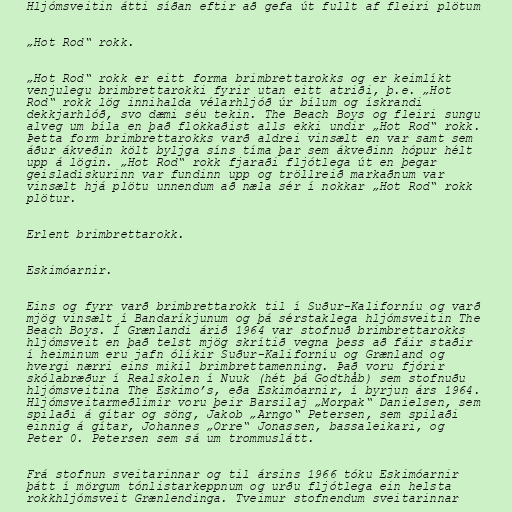
Hljómsveitin átti síðan eftir að gefa út fullt af fleiri plötum

„Hot Rod“ rokk.

„Hot Rod“ rokk er eitt forma brimbrettarokks og er keimlíkt
venjulegu brimbrettarokki fyrir utan eitt atriði, þ.e. „Hot
Rod“ rokk lög innihalda vélarhljóð úr bílum og ískrandi
dekkjarhlóð, svo dæmi séu tekin. The Beach Boys og fleiri sungu
alveg um bíla en það flokkaðist alls ekki undir „Hot Rod“ rokk.
Þetta form brimbrettarokks varð aldrei vinsælt en var samt sem
áður ákveðin költ byljga síns tíma þar sem ákveðinn hópur hélt
upp á lögin. „Hot Rod“ rokk fjaraði fljótlega út en þegar
geisladiskurinn var fundinn upp og tröllreið markaðnum var
vinsælt hjá plötu unnendum að næla sér í nokkar „Hot Rod“ rokk
plötur.

Erlent brimbrettarokk.

Eskimóarnir.

Eins og fyrr varð brimbrettarokk til í Suður-Kaliforníu og varð
mjög vinsælt í Bandaríkjunum og þá sérstaklega hljómsveitin The
Beach Boys. Í Grænlandi árið 1964 var stofnuð brimbrettarokks
hljómsveit en það telst mjög skrítið vegna þess að fáir staðir
í heiminum eru jafn ólíkir Suður-Kaliforníu og Grænland og
hvergi nærri eins mikil brimbrettamenning. Það voru fjórir
skólabræður í Realskolen í Nuuk (hét þá Godthåb) sem stofnuðu
hljómsveitina The Eskimo’s, eða Eskimóarnir, í byrjun árs 1964.
Hljómsveitarmeðlimir voru þeir Barsilaj „Morpak“ Danielsen, sem
spilaði á gítar og söng, Jakob „Arngo“ Petersen, sem spilaði
einnig á gítar, Johannes „Orre“ Jonassen, bassaleikari, og
Peter 0. Petersen sem sá um trommuslátt.

Frá stofnun sveitarinnar og til ársins 1966 tóku Eskimóarnir
þátt í mörgum tónlistarkeppnum og urðu fljótlega ein helsta
rokkhljómsveit Grænlendinga. Tveimur stofnendum sveitarinnar